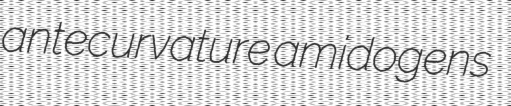
antecurvature amidogens